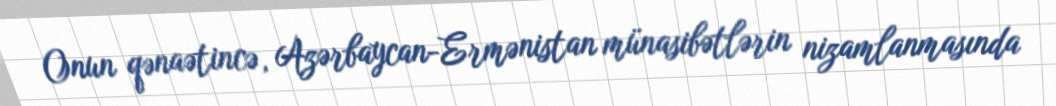
Onun qənaətincə, Azərbaycan-Ermənistan münasibətlərin nizamlanmasında